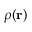
\rho ( \mathbf { r } )